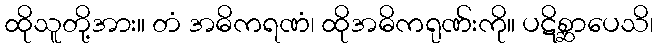
ထိုသူတို့အား။ တံ အဓိကရဏံ၊ ထိုအဓိကရုဏ်းကို။ ပဋိစ္ဆာပေသိ၊